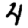
Digit: 4